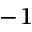
^ { - 1 }